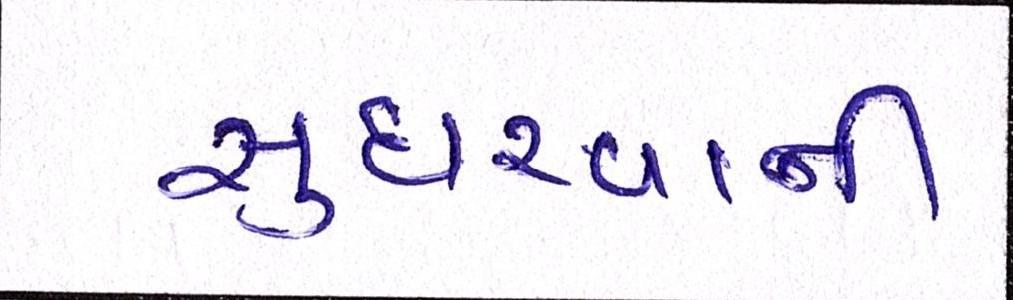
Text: સુધરવાની